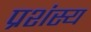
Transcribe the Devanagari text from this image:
प्रशंस्य